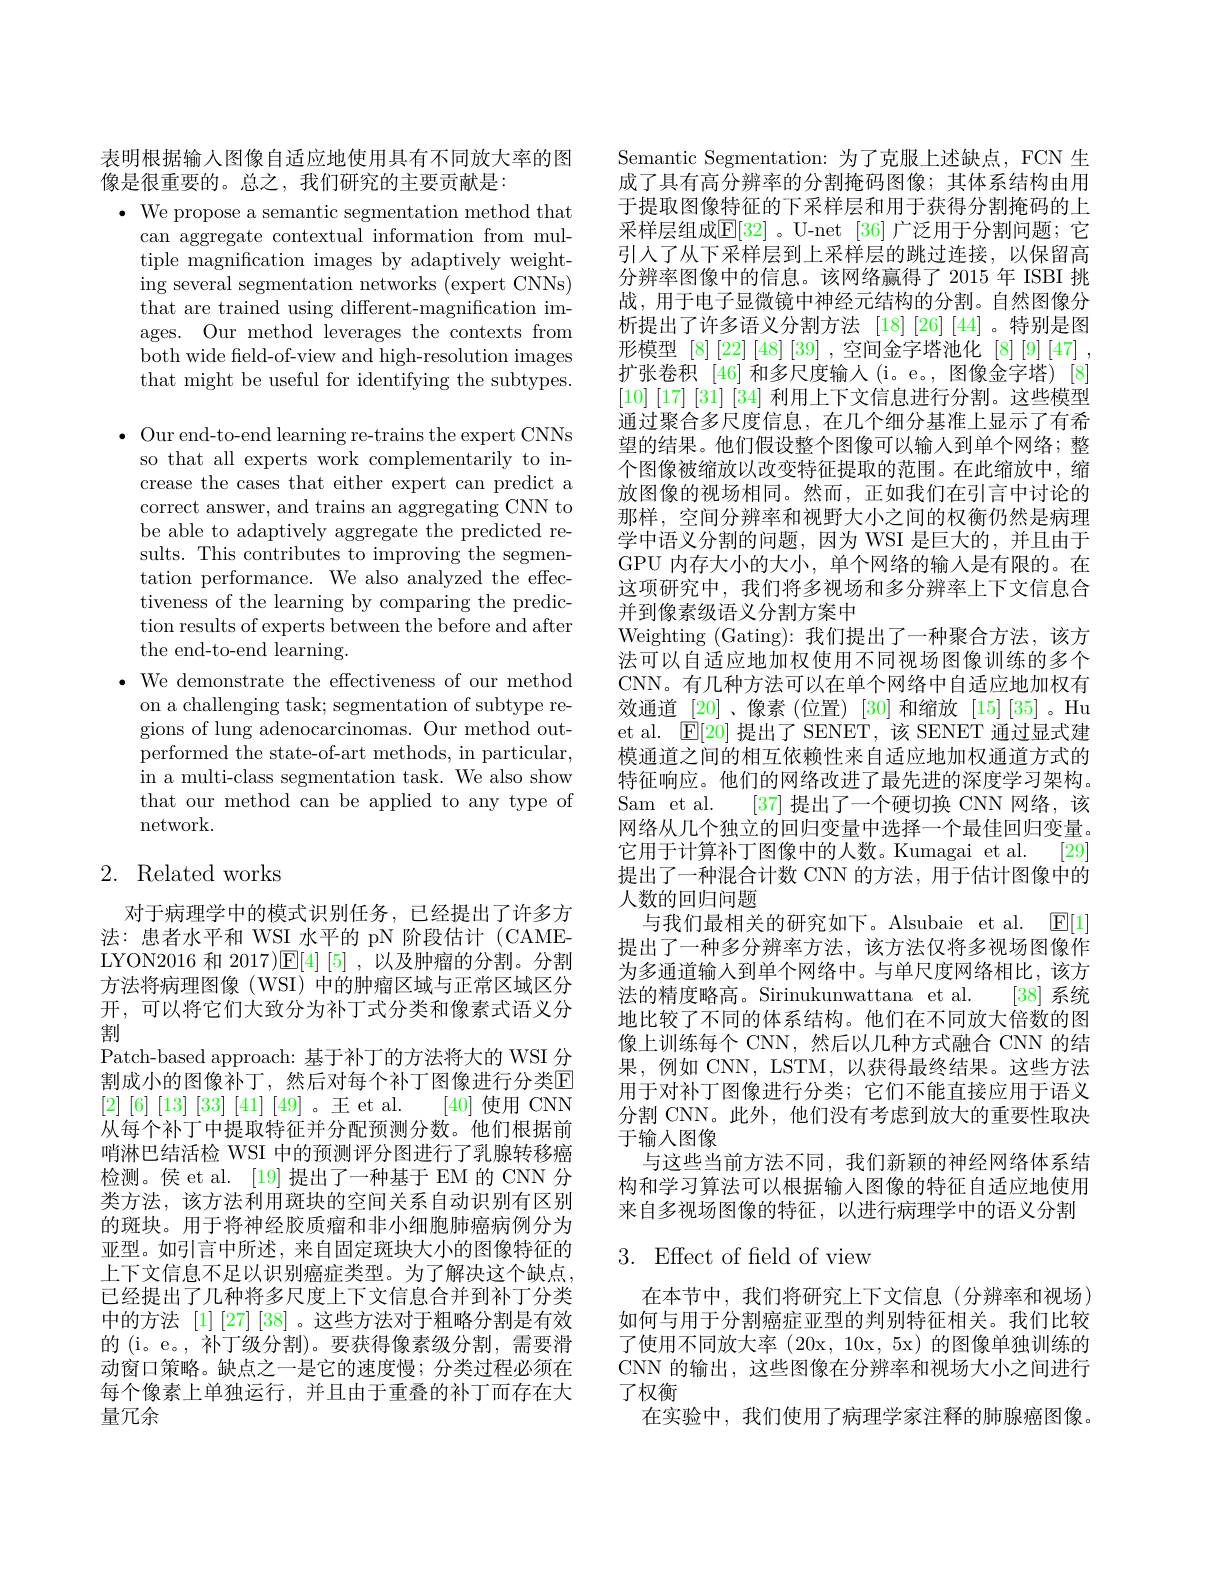
表明根据输入图像自适应地使用具有不同放大率的图
像是很重要的。总之，我们研究的主要贡献是：

$\bullet$ We propose a semantic segmentation method that
can aggregate contextual information from multiple magnification images by adaptively weighting several segmentation networks (expert CNNs) that are trained using different-magnification images. Our method leverages the contexts from both wide feld-of-view and high-resolution images that might be useful for identifying the subtypes.

$\bullet$ Our end-to-end learning re-trains the expert CNNs
so that all experts work complementarily to increase the cases that either expert can predict a correct answer, and trains an aggregating CNN to be able to adaptively aggregate the predicted results. This contributes to improving the segmentation performance. We also analyzed the effectiveness of the learning by comparing the prediction results of experts between the before and after the end-to-end learning.
$\bullet$ We demonstrate the effectiveness of our method
on a challenging task; segmentation of subtype regions of lung adenocarcinomas. Our method outperformed the state-of-art methods, in particular, in a multi-class segmentation task. We also show that our method can be applied to any type of network.

## 2. Related works

对于病理学中的模式识别任务，已经提出了许多方法：患者水平和 WSI 水平的 pN 阶段估计 (CAMELYON2016 和 2017)$\mathbb{E}[4]$ [5],以及肿瘤的分割。分割方法将病理图像 (WSI) 中的肿瘤区域与正常区域区分开，可以将它们大致分为补丁式分类和像素式语义分割
Patch-based approach: 基于补丁的方法将大的 WSI 分割成小的图像补丁，然后对每个补丁图像进行分类$\mathbb{E}$ [2][6][13][33][41][49]。王 et al.[40]使用 CNN 从每个补丁中提取特征并分配预测分数。他们根据前哨淋巴结活检 WSI 中的预测评分图进行了乳腺转移癌检测。侯 et al. [19] 提出了一种基于 EM 的 CNN 分类方法，该方法利用斑块的空间关系自动识别有区别的斑块。用于将神经胶质瘤和非小细胞肺癌病例分为亚型。如引言中所述，来自固定斑块大小的图像特征的上下文信息不足以识别癌症类型。为了解决这个缺点， 已经提出了几种将多尺度上下文信息合并到补丁分类中的方法 [1][27][38]。这些方法对于粗略分割是有效的 (i。e。,补丁级分割)。要获得像素级分割，需要滑动窗口策略。缺点之一是它的速度慢；分类过程必须在每个像素上单独运行，并且由于重叠的补丁而存在大量冗余

Semantic Segmentation: 为了克服上述缺点，FCN 生成了具有高分辨率的分割掩码图像；其体系结构由用于提取图像特征的下采样层和用于获得分割掩码的上采样层组成$\mathbb{E}[32]$。U-net [36] 广泛用于分割问题；它引入了从下采样层到上采样层的跳过连接，以保留高分辨率图像中的信息。该网络赢得了 2015 年 ISBI 挑战，用于电子显微镜中神经元结构的分割。自然图像分析提出了许多语义分割方法[18][26][44]。特别是图形模型$[8]\left[22\right]\left[48\right]\left[39\right]$,空间金字塔池化 [8][9][47] , 扩张卷积[46]和多尺度输入(i。e。,图像金字塔)[8] [10] [17] [31] [34] 利用上下文信息进行分割。这些模型通过聚合多尺度信息，在几个细分基准上显示了有希望的结果。他们假设整个图像可以输人到单个网络；整个图像被缩放以改变特征提取的范围。在此缩放中，缩放图像的视场相同。然而，正如我们在引言中讨论的那样，空间分辨率和视野大小之间的权衡仍然是病理学中语义分割的问题，因为 WSI 是巨大的，并且由于GPU 内存大小的大小，单个网络的输入是有限的。在这项研究中，我们将多视场和多分辨率上下文信息合并到像素级语义分割方案中
Weighting (Gating):我们提出了一种聚合方法，该方法可以自适应地加权使用不同视场图像训练的多个CNN。有几种方法可以在单个网络中自适应地加权有效通道[20]、像素 (位置) [30]和缩放 [15][35]。Hu et al. $\mathsf{E}[20]$提出了 SENET,该 SENET 通过显式建模通道之间的相互依赖性来自适应地加权通道方式的特征响应。他们的网络改进了最先进的深度学习架构。Sam et al. [37]提出了一个硬切换 CNN 网络，该网络从几个独立的回归变量中选择一个最佳回归变量。它用于计算补丁图像中的人数。Kumagai et al. [29] 提出了一种混合计数 CNN 的方法，用于估计图像中的人数的回归问题
与我们最相关的研究如下。Alsubaie et al. $\underline {\mathrm{E} }[ 1]$ 提出了一种多分辨率方法，该方法仅将多视场图像作为多通道输入到单个网络中。与单尺度网络相比，该方法的精度略高。Sirinukunwattana et al. [38] 系统地比较了不同的体系结构。他们在不同放大倍数的图像上训练每个 CNN, 然后以几种方式融合 CNN 的结果，例如 CNN, LSTM,以获得最终结果。这些方法用于对补丁图像进行分类；它们不能直接应用于语义分割 CNN。此外，他们没有考虑到放大的重要性取决于输人图像
与这些当前方法不同，我们新颖的神经网络体系结构和学习算法可以根据输入图像的特征自适应地使用来自多视场图像的特征，以进行病理学中的语义分割

## 3. Effect of field of view

在本节中，我们将研究上下文信息(分辨率和视场) 如何与用于分割癌症亚型的判别特征相关。我们比较了使用不同放大率(20x,10x,5x)的图像单独训练的CNN 的输出，这些图像在分辨率和视场大小之间进行了权衡
在实验中，我们使用了病理学家注释的肺腺癌图像。